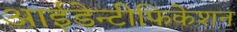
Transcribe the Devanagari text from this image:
आईडेन्टीफिकेशन